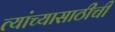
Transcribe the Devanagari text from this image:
त्यांच्यासाठीची